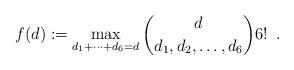
LaTeX: \begin{align*}f(d):= \max_{d_1+\cdots+d_{6} = d} \binom{d}{d_1,d_2,\ldots,d_6} 6!\enspace .\end{align*}